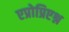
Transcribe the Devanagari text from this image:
एप्रोप्रिएश्न